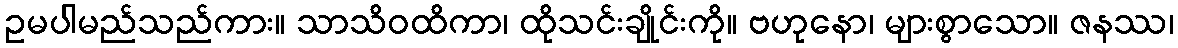
ဥမပါမည်သည်ကား။ သာသိဝထိကာ၊ ထိုသင်းချိုင်းကို။ ဗဟုနော၊ များစွာသော။ ဇနဿ၊